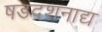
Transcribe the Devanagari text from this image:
षडदशनाद्य